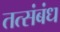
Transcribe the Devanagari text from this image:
तत्संबंध